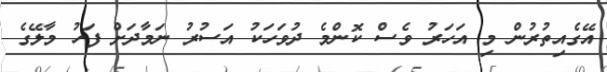
އޭގެއިތުރުން މި އަހަރު ވެސް ކޮންމެ ދުވަހަކު އަސުރު ނަމާދަށް ފަހު މާލޭގެ